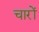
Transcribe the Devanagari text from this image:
चारों